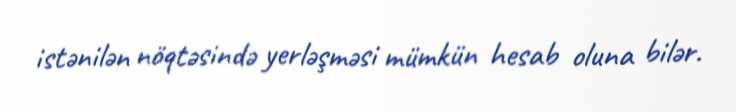
istənilən nöqtəsində yerləşməsi mümkün hesab oluna bilər.